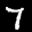
Label: 7